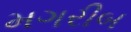
મગરીબ